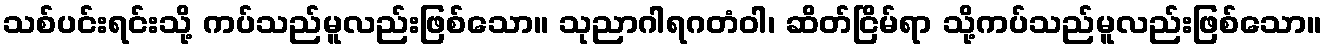
သစ်ပင်းရင်းသို့ ကပ်သည်မူလည်းဖြစ်သော။ သုညာဂါရဂတံဝါ၊ ဆိတ်ငြိမ်ရာ သို့ကပ်သည်မူလည်းဖြစ်သော။